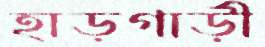
হাড়গাড়ী